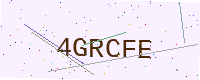
Text: 4GRCFE